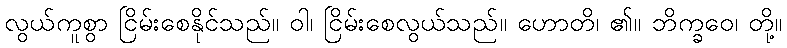
လွယ်ကူစွာ ငြိမ်းစေနိုင်သည်။ ဝါ၊ ငြိမ်းစေလွယ်သည်။ ဟောတိ၊ ၏။ ဘိက္ခဝေ၊ တို့။